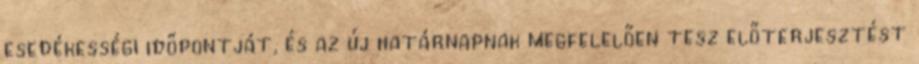
esedékességi időpontját, és az új határnapnak megfelelően tesz előterjesztést